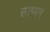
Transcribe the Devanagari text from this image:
उत्प्पन